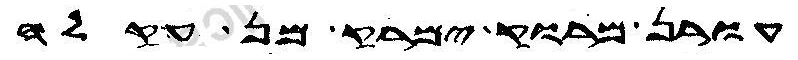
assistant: עורן מרוק ימרק מן עקלה